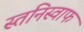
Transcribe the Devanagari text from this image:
स्तनिस्वाफ